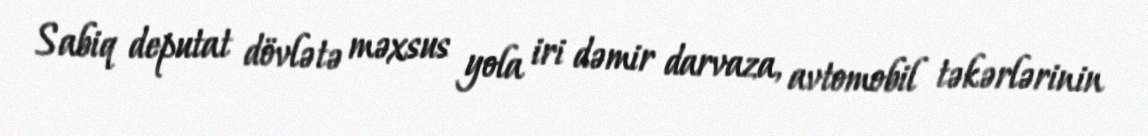
Sabiq deputat dövlətə məxsus yola iri dəmir darvaza, avtomobil təkərlərinin